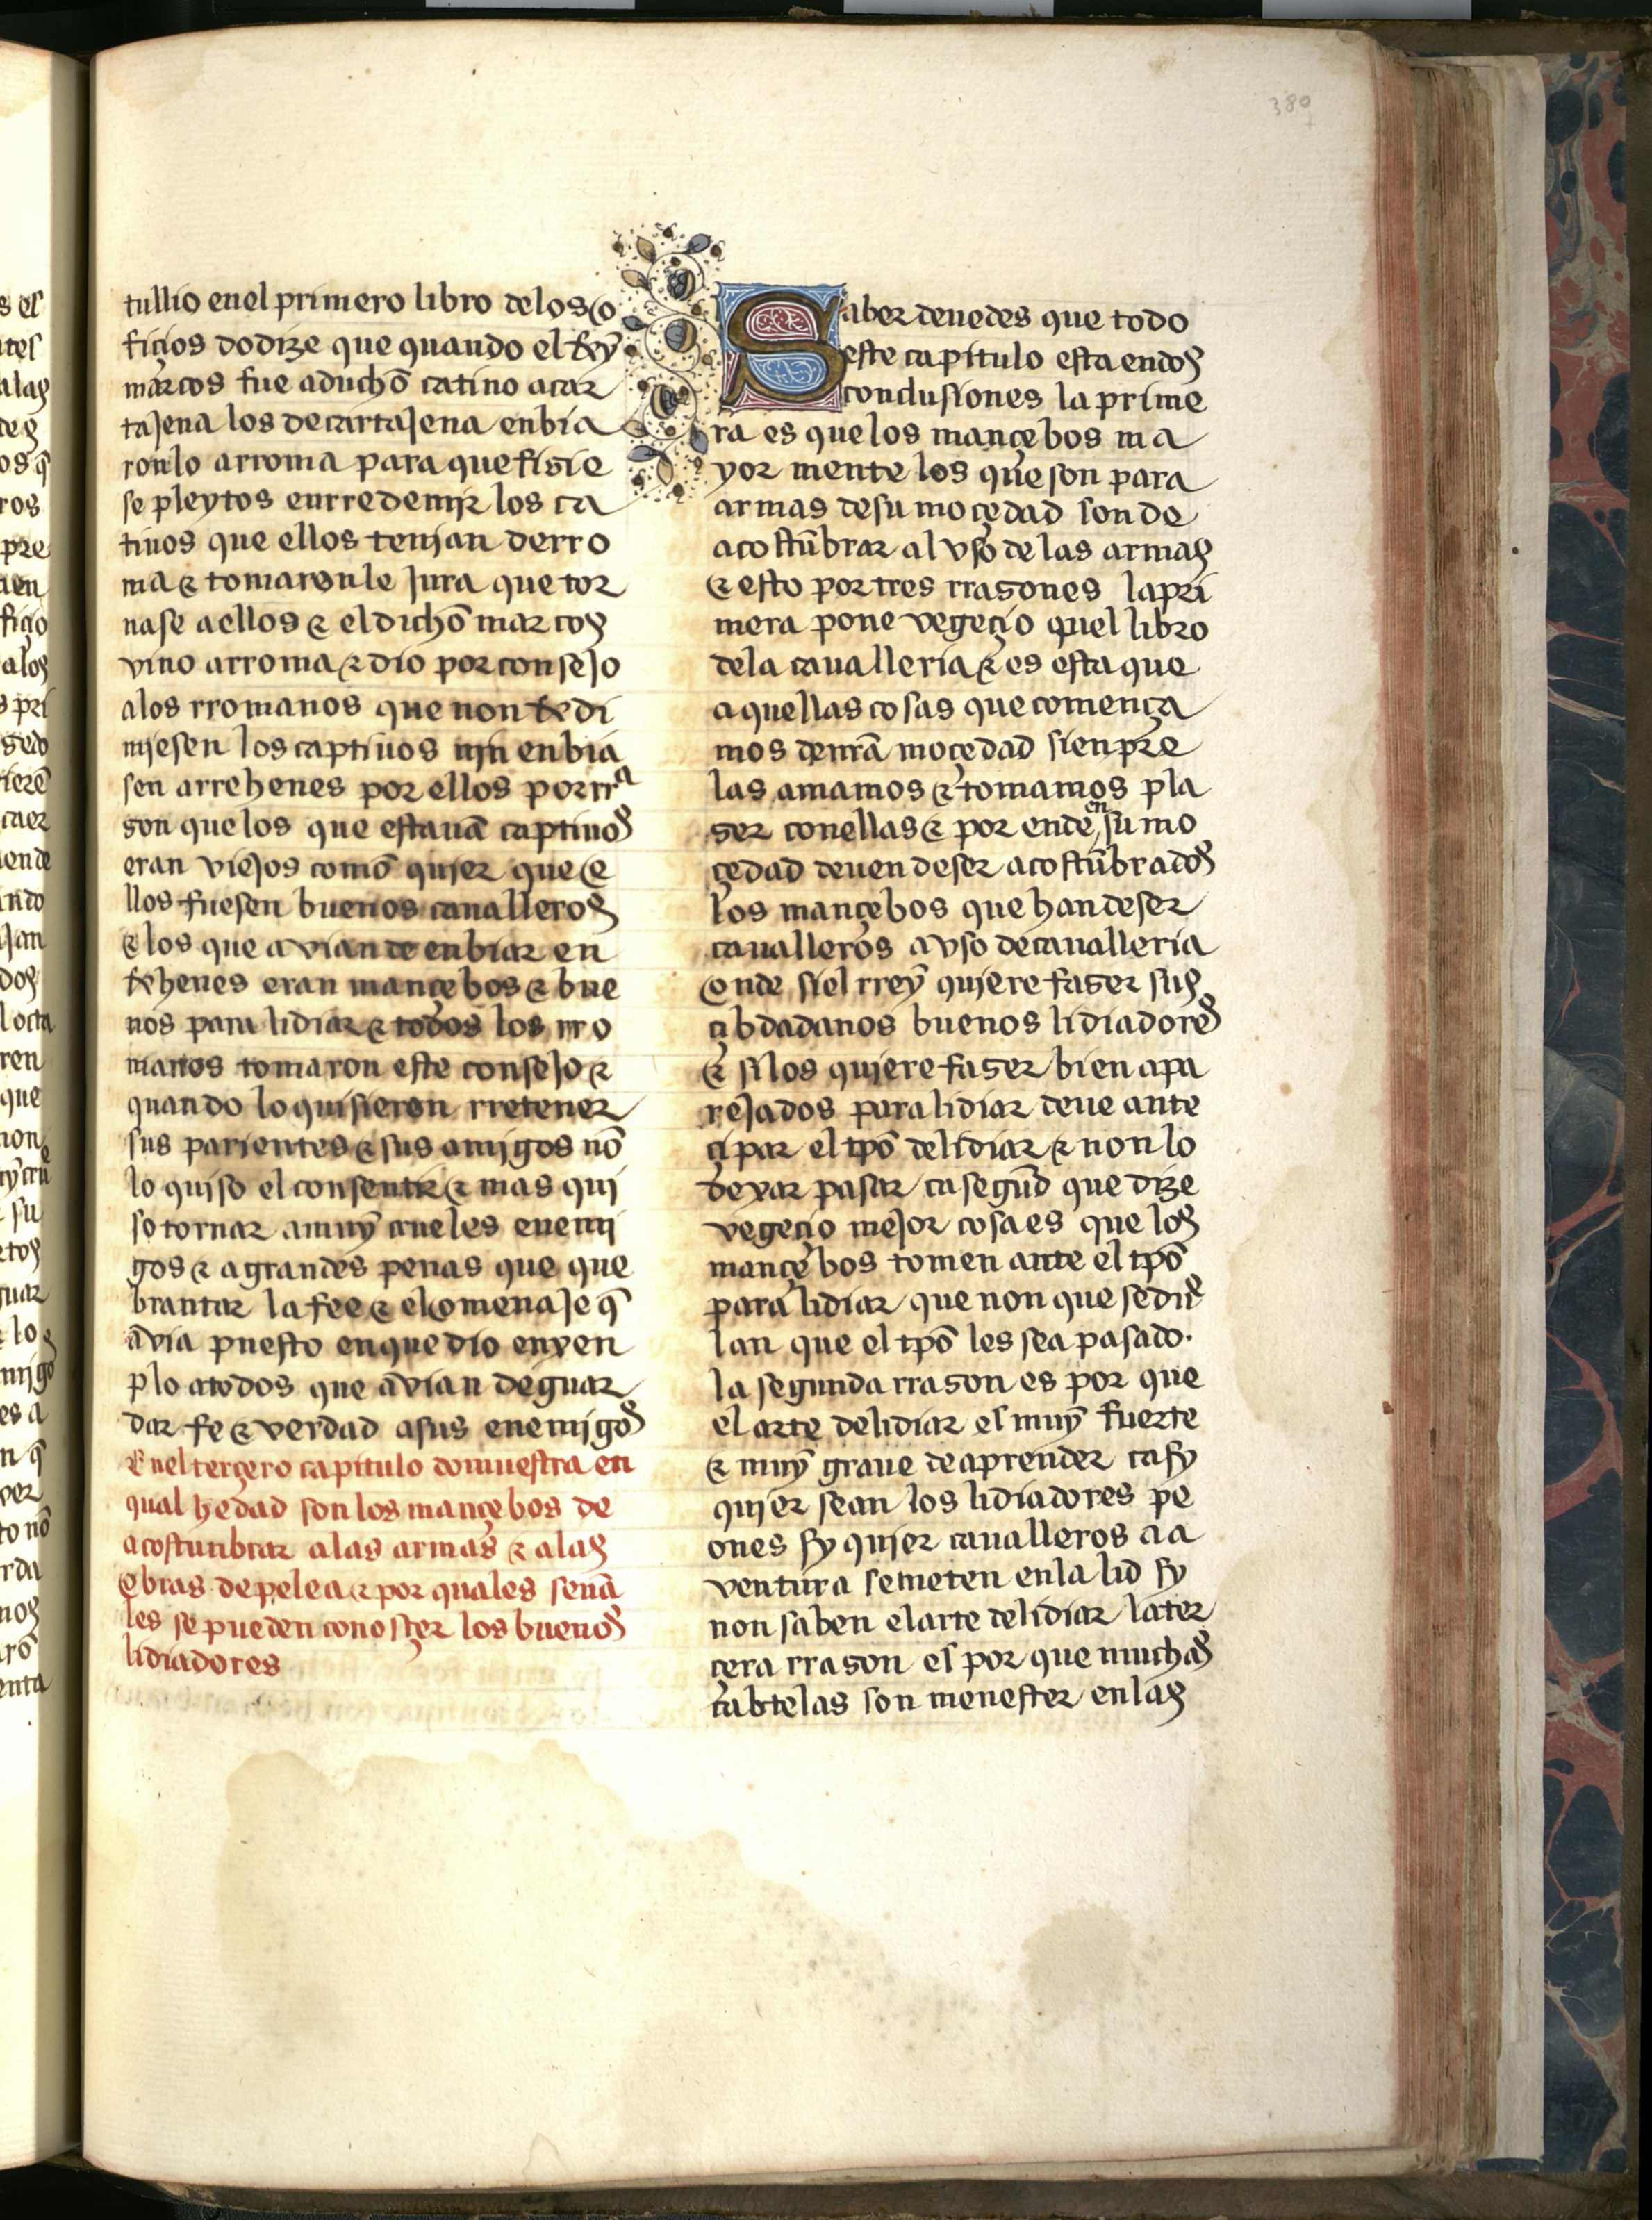
Shelfmark: Salamanca, Biblioteca Histórica USAL, 2709
Century: 15